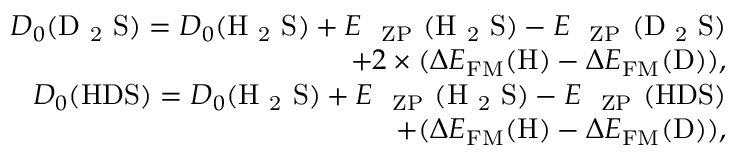
\begin{array} { r } { D _ { 0 } ( \mathrm { D ~ _ 2 ~ S } ) = D _ { 0 } ( \mathrm { H ~ _ 2 ~ S } ) + E \mathrm { ~ _ \mathrm { ~ Z P } ~ ( H ~ _ 2 ~ S ) } - E \mathrm { ~ _ \mathrm { ~ Z P } ~ ( D ~ _ 2 ~ S ) } } \\ { + 2 \times ( \Delta E _ { \mathrm { F M } } ( \mathrm { H } ) - \Delta E _ { \mathrm { F M } } ( \mathrm { D } ) ) , } \\ { D _ { 0 } ( \mathrm { H D S } ) = D _ { 0 } ( \mathrm { H ~ _ 2 ~ S } ) + E \mathrm { ~ _ \mathrm { ~ Z P } ~ ( H ~ _ 2 ~ S ) } - E \mathrm { ~ _ \mathrm { ~ Z P } ~ ( H D S ) } } \\ { + ( \Delta E _ { \mathrm { F M } } ( \mathrm { H } ) - \Delta E _ { \mathrm { F M } } ( \mathrm { D } ) ) , } \end{array}